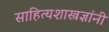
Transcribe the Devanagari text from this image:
साहित्यशास्त्रज्ञांनी